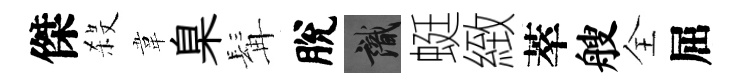
傑殺韋臬髯脫識蜓緻萃艘全屈